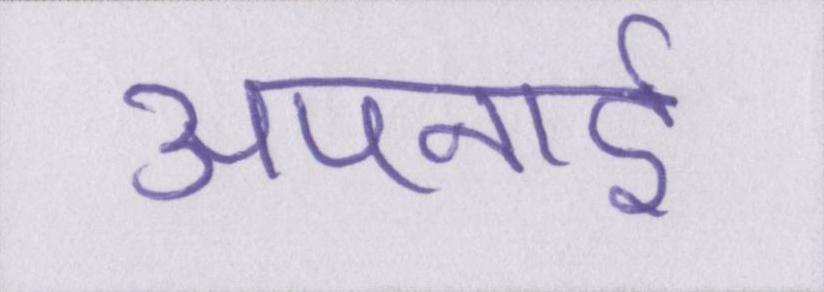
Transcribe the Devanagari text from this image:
अपनाई